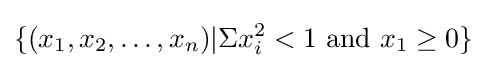
\{(x_{1},x_{2},\dots ,x_{n})\vert \Sigma x_{i}^{2}<1{\text{ and }}x_{1}\geq 0\}